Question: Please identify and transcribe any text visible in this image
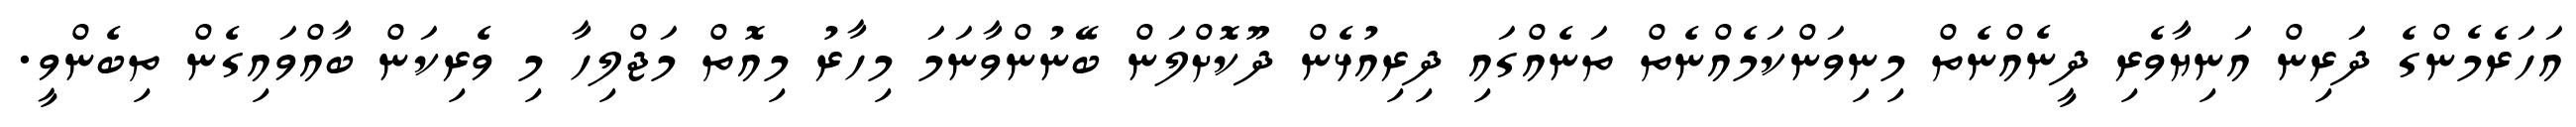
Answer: އަހަރެމެންގެ ދަރިން އަނިޔާވެރި ދީނެއްނެތް މިނިވަންކަމެއްނެތް ތަނެއްގައި ދިރިއުޅެން ދޫކޮށްލަން ބޭނުންވާނަމަ މިހާރު މިއޮތް މަޖްލިހާ މި ވެރިކަން ބާއްވައިގެން ތިބެންވީ.